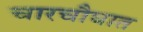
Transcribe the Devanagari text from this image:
चारचौघात